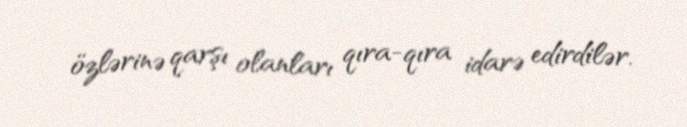
özlərinə qarşı olanları qıra-qıra idarə edirdilər.